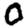
Digit: 0